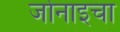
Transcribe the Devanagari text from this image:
जोनाइचा